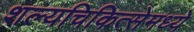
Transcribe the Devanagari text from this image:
शल्यचिकित्सेमध्ये